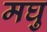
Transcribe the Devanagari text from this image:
मघु